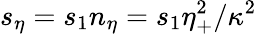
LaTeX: s_{\eta}=s_{1}n_{\eta}=s_{1}\eta_{+}^{2}/\kappa^{2}